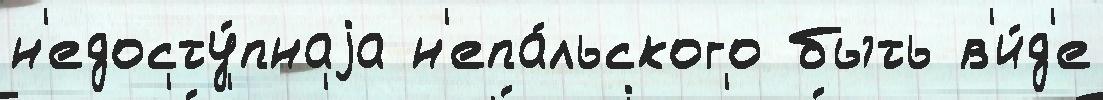
н'едосту́пнаjа н'епа́льского быть в'и́д'е